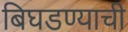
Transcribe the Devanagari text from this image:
बिघडण्याची